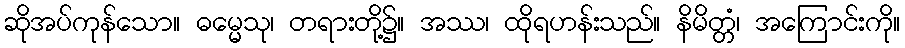
ဆိုအပ်ကုန်သော။ ဓမ္မေသု၊ တရားတို့၌။ အဿ၊ ထိုရဟန်းသည်။ နိမိတ္တံ၊ အကြောင်းကို။